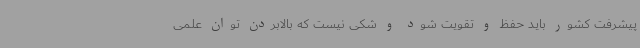
پیشرفت کشور باید حفظ و تقویت شود و شکی نیست که بالابردن توان علمی